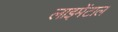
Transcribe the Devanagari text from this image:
लाइमेंटाल